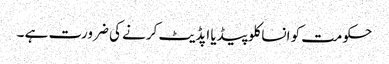
حکومت کو انساکلوپیڈیا اپڈیٹ کرنے کی ضرورت ہے ۔